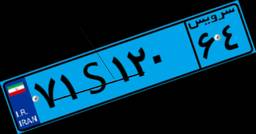
۱۰S۲۶۷۶۳